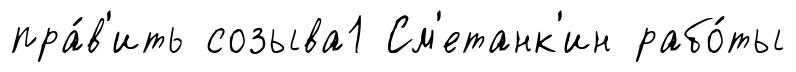
пра́в'ить созыва1 См'етанк'ин рабо́ты